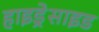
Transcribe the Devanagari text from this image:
हाइड्रेसाइड